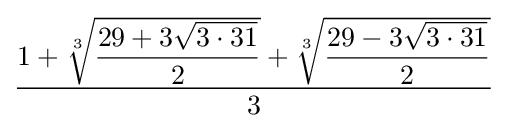
{\dfrac {1+{\sqrt[{3}]{\dfrac {29+3{\sqrt {3\cdot 31}}}{2}}}+{\sqrt[{3}]{\dfrac {29-3{\sqrt {3\cdot 31}}}{2}}}}{3}}